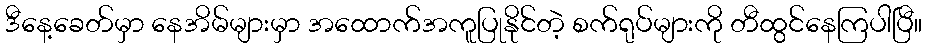
ဒီနေ့ခေတ်မှာ နေအိမ်များမှာ အထောက်အကူပြုနိုင်တဲ့ စက်ရုပ်များကို တီထွင်နေကြပါပြီ။